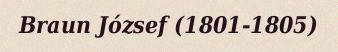
Braun József (1801-1805)